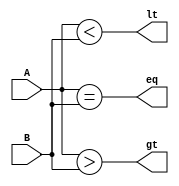
module comparator (
    input [1:0] A,
    input [1:0] B,
    output eq,
    output lt,
    output gt
);

// Equality check
assign eq = (A == B);

// Less than check
assign lt = (A < B);

// Greater than check
assign gt = (A > B);

endmodule